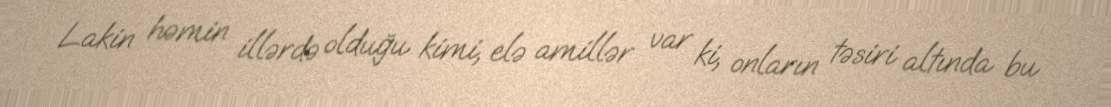
Lakin həmin illərdə olduğu kimi, elə amillər var ki, onların təsiri altında bu